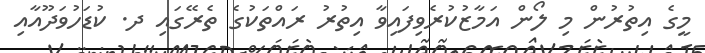
މީގެ އިތުރުން މި ލޯން އަމާޒުކުރެވިފައިވާ އިތުރު ރައްތަކުގެ ތެރޭގައި ދ. ކުޑަހުވަދޫއާއި